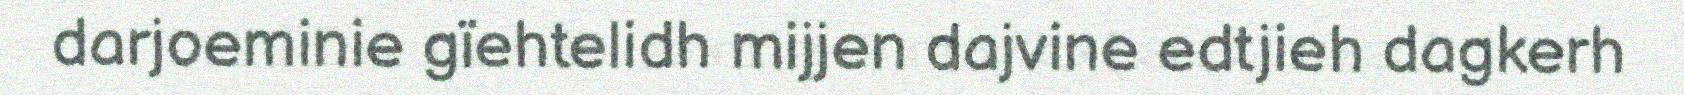
darjoeminie gïehtelidh mijjen dajvine edtjieh dagkerh